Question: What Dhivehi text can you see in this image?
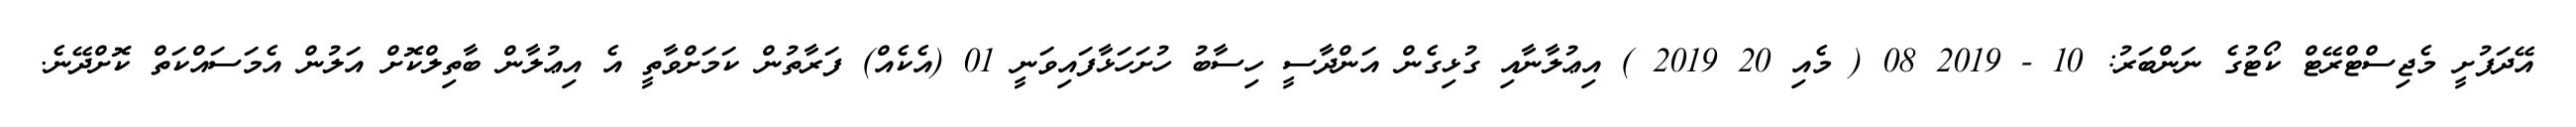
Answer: އޭދަފުށީ މެޖިސްޓްރޭޓް ކޯޓުގެ ނަންބަރު: 10 - 2019 08 ( މެއި 20 2019 ) އިޢުލާނާއި ގުޅިގެން އަންދާސީ ހިސާބު ހުށަހަޅާފައިވަނީ 01 (އެކެއް) ފަރާތުން ކަމަށްވާތީ އެ އިޢުލާން ބާތިލްކޮށް އަލުން އެމަސައްކަތް ކޮށްދޭނެ.